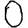
Digit: 0